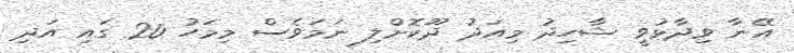
އޭނާ ވިދާޅުވީ ޝާހިދު މިއަދު ދޫކޮށްލި ނަމަވެސް މިމަހު 20 ގައި އަދި